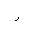
Letter: _ra